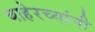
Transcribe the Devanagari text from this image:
बाहेरच्यांनी